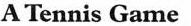
A Tennis Game